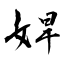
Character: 娨